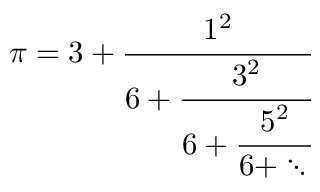
\pi = { 3 + { \cfrac { 1 ^ { 2 } } { 6 + { \cfrac { 3 ^ { 2 } } { 6 + { \cfrac { 5 ^ { 2 } } { 6 + \ddots \, } } } } } } }